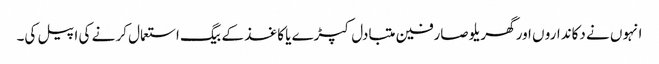
انہوں نے دکاندارو ں اور گھریلو صارفین متبادل کپڑے یا کاغذ کے بیگ استعمال کر نے کی اپیل کی۔